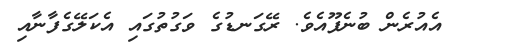
އެއުރެން ބުނެފޫއެވެ. ރޭގަނޑުގެ ވަގުތުގައި އެކަލޭގެފާނާއި